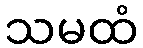
သမထံ